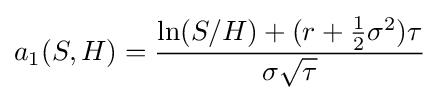
a_{1}(S,H)={\frac {\ln(S/H)+(r+{\frac {1}{2}}\sigma ^{2})\tau }{\sigma {\sqrt {\tau }}}}